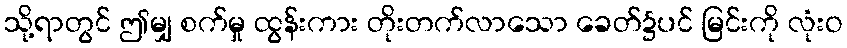
သို့ရာတွင် ဤမျှ စက်မှု ထွန်းကား တိုးတက်လာသော ခေတ်၌ပင် မြင်းကို လုံးဝ